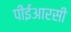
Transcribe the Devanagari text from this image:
पीईआरसी